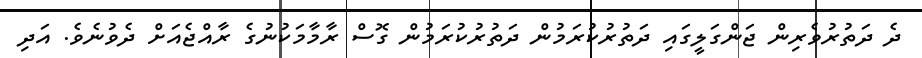
ދެ ދަތުރުވެރިން ޖަންގަލީގައި ދަތުރުކުރަމުން ދަތުރުކުރަމުން ގޮސް ރާމާމަކުނުގެ ރާއްޖެއަށް ދެވުނެވެ. އަދި